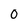
Character: 0